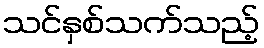
သင်နှစ်သက်သည့်